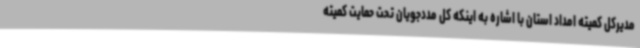
مدیرکل کمیته امداد استان با اشاره به اینکه کل مددجویان تحت حمایت کمیته